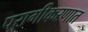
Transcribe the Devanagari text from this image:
परागीकरणात